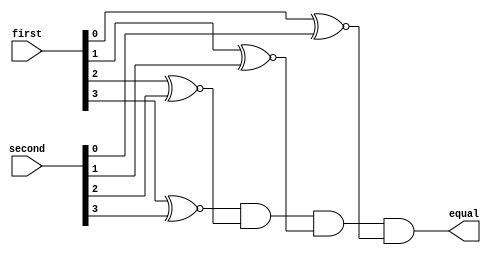
// Copyright (C) 2020  Intel Corporation. All rights reserved.
// Your use of Intel Corporation's design tools, logic functions 
// and other software and tools, and any partner logic 
// functions, and any output files from any of the foregoing 
// (including device programming or simulation files), and any 
// associated documentation or information are expressly subject 
// to the terms and conditions of the Intel Program License 
// Subscription Agreement, the Intel Quartus Prime License Agreement,
// the Intel FPGA IP License Agreement, or other applicable license
// agreement, including, without limitation, that your use is for
// the sole purpose of programming logic devices manufactured by
// Intel and sold by Intel or its authorized distributors.  Please
// refer to the applicable agreement for further details, at
// https://fpgasoftware.intel.com/eula.

// PROGRAM		"Quartus Prime"
// VERSION		"Version 20.1.1 Build 720 11/11/2020 SJ Lite Edition"
// CREATED		"Fri Dec 23 13:14:24 2022"

module four_bit_compare(
	first,
	second,
	equal
);


input wire	[3:0] first;
input wire	[3:0] second;
output wire	equal;

wire	SYNTHESIZED_WIRE_0;
wire	SYNTHESIZED_WIRE_1;
wire	SYNTHESIZED_WIRE_2;
wire	SYNTHESIZED_WIRE_3;




assign	equal = SYNTHESIZED_WIRE_0 & SYNTHESIZED_WIRE_1 & SYNTHESIZED_WIRE_2 & SYNTHESIZED_WIRE_3;

assign	SYNTHESIZED_WIRE_3 = first[0] ~^ second[0];

assign	SYNTHESIZED_WIRE_2 = first[1] ~^ second[1];

assign	SYNTHESIZED_WIRE_1 = first[2] ~^ second[2];

assign	SYNTHESIZED_WIRE_0 = first[3] ~^ second[3];


endmodule